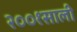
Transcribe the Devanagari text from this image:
२००१साली